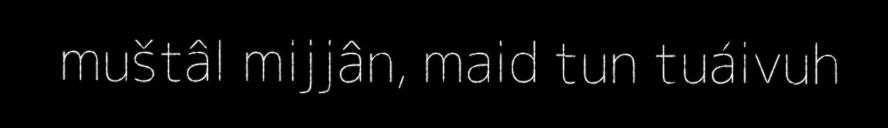
muštâl mijjân, maid tun tuáivuh